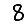
Digit: 8